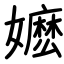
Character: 嬷